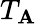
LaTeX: T_{\mathbf{A}}